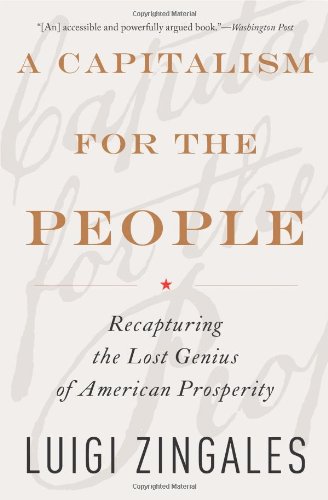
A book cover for A Capitalism for the People: Recapturing the Lost Genius of American Prosperity; Luigi Zingales; Business & Money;